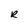
Character: R